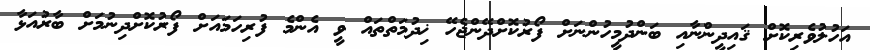
އަހުލުވެރިކޮށް ޤައިދީންނާއި ބަންދުމީހުންނަށް ފޯރުކޮށްދޭންޖެހޭ ޚިދުމަތްތައް ވީ އެންމެ ފުރިހަމައަށް ފޯރުކޮށްދިނުމަށް ބާރުއަޅާ